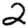
Digit: 2